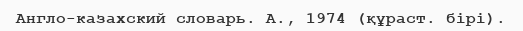
Англо-казахский словарь. А., 1974 (құраст. бірі).